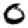
Digit: 0